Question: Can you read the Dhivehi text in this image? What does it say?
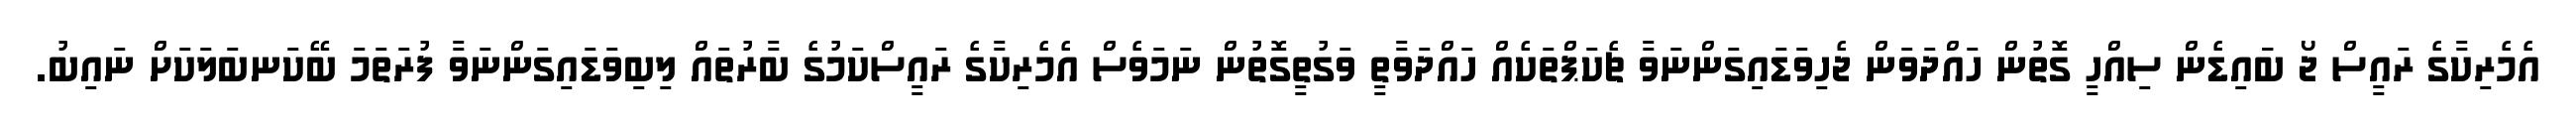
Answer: އެމެރިކާގެ ރައީސް ޖޯ ބަައިޑެން ސިއްހީ ގޮތުން ހައްދަވަން ޖެހިވަޑައިގަންނަވާ ޗެކަޕްތަކެއް ހައްދަވާތީ ވަގުތީގޮތުން ނަމަވެސް އެމެރިކާގެ ރައީސްކަމުގެ ބާރުތައް ލިބިވަޑައިގަންނަވާ ފުރަތަމަ ބޭކަނބަލަކަށް ނައިބު.